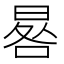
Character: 晷